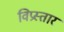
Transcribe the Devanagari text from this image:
विप्रस्तार